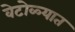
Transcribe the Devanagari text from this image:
वेटोळ्यात